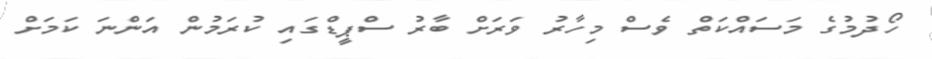
ހޯދުމުގެ މަސައްކަތް ވެސް މިހާރު ވަރަށް ބާރު ސްޕީޑްގައި ކުރަމުން އަންނަ ކަމަށް